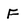
Character: F